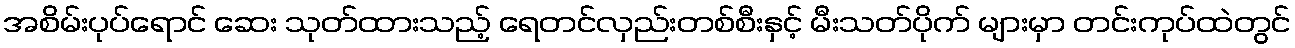
အစိမ်းပုပ်ရောင် ဆေး သုတ်ထားသည့် ရေတင်လှည်းတစ်စီးနှင့် မီးသတ်ပိုက် များမှာ တင်းကုပ်ထဲတွင်